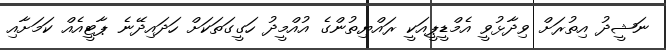
ނަޝީދު އިތުރަށް ވިދާޅުވީ އެމްޑީޕީއަކީ ރައްޔިތުންގެ އުއްމީދު ހަގީގަތަކަށް ހަދައިދޭނެ ޕާޓީއެއް ކަމަށާއި